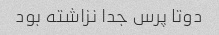
دوتا پرس جدا نزاشته بود